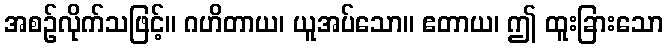
အစဉ်လိုက်သဖြင့်။ ဂဟိတာယ၊ ယူအပ်သော။ ဧတာယ၊ ဤ ထူးခြားသော